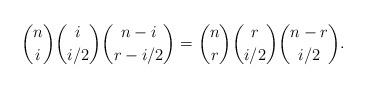
LaTeX: \begin{align*}\binom{n}{i} \binom{i}{i/2} \binom{n-i}{r-i/2}=\binom{n}{r} \binom{r}{i/2}\binom{n-r}{i/2}.\end{align*}